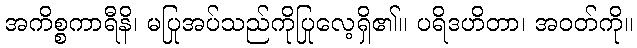
အကိစ္စကာရီနိ၊ မပြုအပ်သည်ကိုပြုလေ့ရှိ၏။ ပရိဒဟိတာ၊ အဝတ်ကို။